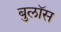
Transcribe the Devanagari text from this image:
बुलॉस